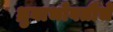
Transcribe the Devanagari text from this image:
ध्रुवाभोवतीचे